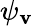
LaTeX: \psi_{\mathbf{v}}